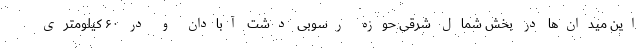
این میدان‌ها در بخش شمال شرقی حوزه رسوبی دشت آبادان و در ۶۰ کیلومتری